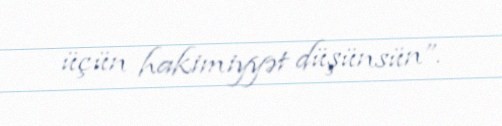
üçün hakimiyyət düşünsün”.